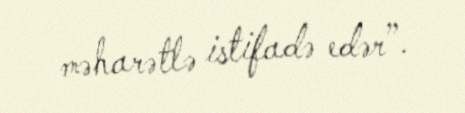
məharətlə istifadə edər”.